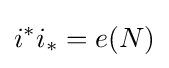
i^{*}i_{*}=e(N)